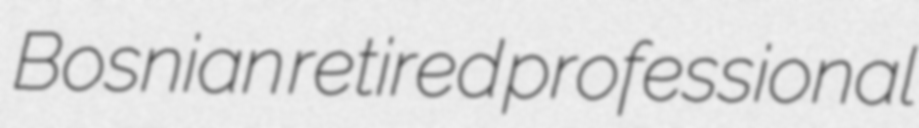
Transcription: Bosnian retired professional